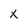
Character: x